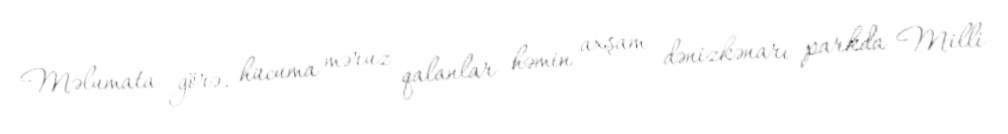
Məlumata görə, hücuma məruz qalanlar həmin axşam dənizkənarı parkda Milli